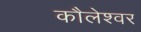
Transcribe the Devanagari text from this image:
कौलेश्वर